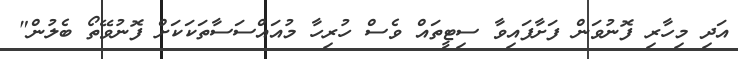
އަދި މިހާރި ފޮނުވަން ފަށާފައިވާ ސިޓީތައް ވެސް ހުރިހާ މުއައްސަސާތަކަކަށް ފޮނުވޭތޯ ބެލުން"